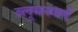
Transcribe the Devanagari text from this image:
ब्लूमनबर्ग